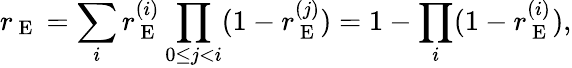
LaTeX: r_{\mathrm{~E~}}=\sum_{i}r_{\mathrm{~E~}}^{(i)}\prod_{0\leq j<i}(1-r_{\mathrm{~E~}}^{(j)})=1-\prod_{i}(1-r_{\mathrm{~E~}}^{(i)}),